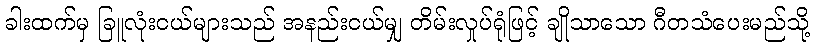
ခါးထက်မှ ခြူလုံးငယ်များသည် အနည်းငယ်မျှ တိမ်းလှုပ်ရုံဖြင့် ချိုသာသော ဂီတသံပေးမည်သို့